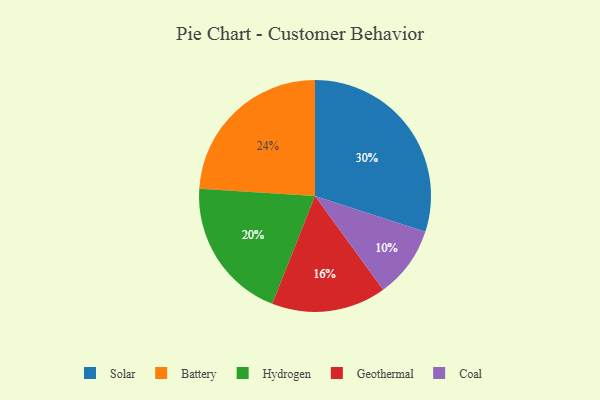
{"axis": {"x": "Category", "y": "Percentage"}, "legend": ["Battery", "Coal", "Geothermal", "Hydrogen", "Solar"], "data": [{"x": "Geothermal", "y": 16, "type": "Geothermal"}, {"x": "Battery", "y": 24, "type": "Battery"}, {"x": "Coal", "y": 10, "type": "Coal"}, {"x": "Solar", "y": 30, "type": "Solar"}, {"x": "Hydrogen", "y": 20, "type": "Hydrogen"}]}